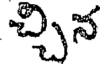
చ్చిన